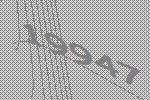
19947